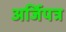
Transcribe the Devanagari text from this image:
अर्जिपत्र